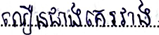
លឿនជាងគេរវាង